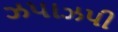
ઝપાઝપી